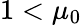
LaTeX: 1<\mu_{0}